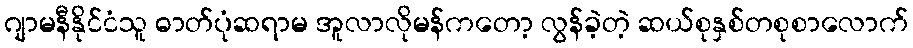
ဂျာမနီနိုင်ငံသူ ဓာတ်ပုံဆရာမ အူလာလိုမန်ကတော့ လွန်ခဲ့တဲ့ ဆယ်စုနှစ်တစုစာလောက်